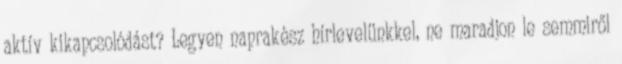
aktív kikapcsolódást? Legyen naprakész hírlevelünkkel, ne maradjon le semmiről